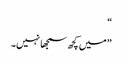
“
”میں کچھ سمجھا نہیں۔